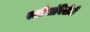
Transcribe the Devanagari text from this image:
स्त्रीयांविरोधी